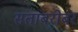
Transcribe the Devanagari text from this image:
संतांबरोबर